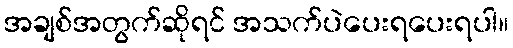
အချစ်အတွက်ဆိုရင် အသက်ပဲပေးရပေးရပါ။